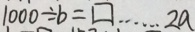
1 0 0 0 \div b = \square \cdots 2 a